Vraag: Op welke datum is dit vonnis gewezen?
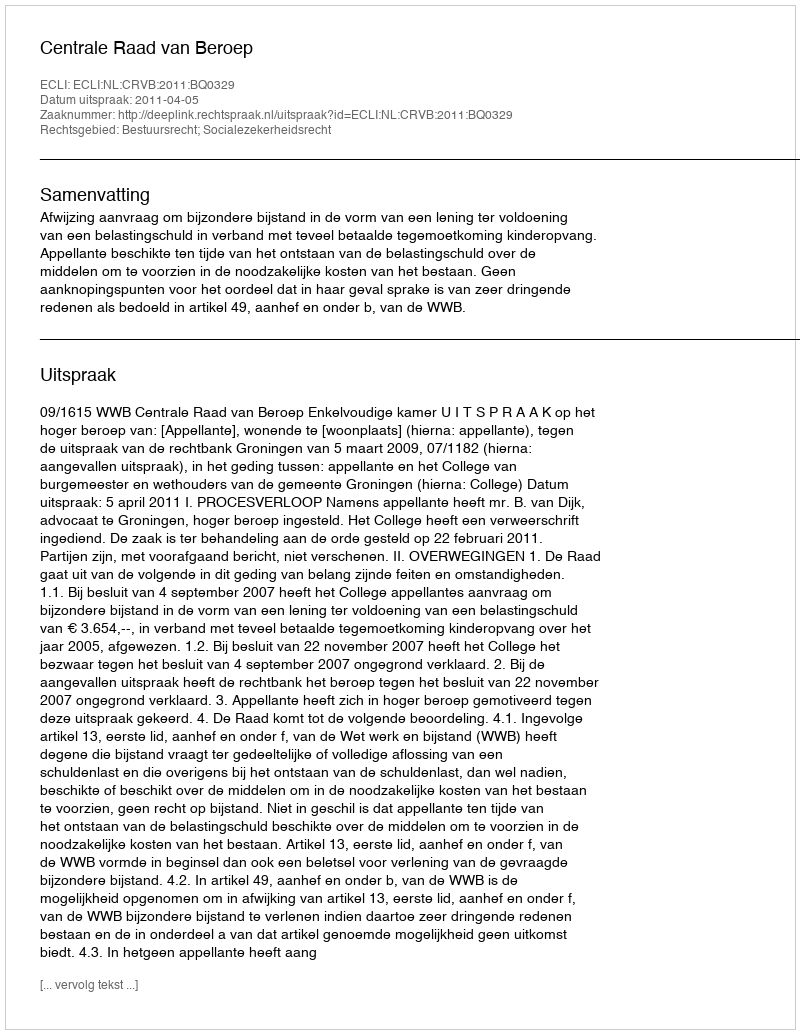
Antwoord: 2011-04-05